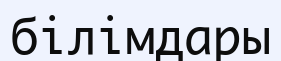
білімдары